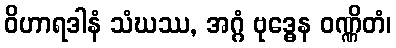
ဝိဟာရဒါနံ သံဃဿ, အဂ္ဂံ ဗုဒ္ဓေန ဝဏ္ဏိတံ၊